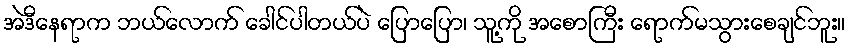
အဲဒီနေရာက ဘယ်လောက် ခေါင်ပါတယ်ပဲ ပြောပြော၊ သူ့ကို အစောကြီး ရောက်မသွားစေချင်ဘူး။